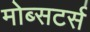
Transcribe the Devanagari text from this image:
मोब्सटर्स